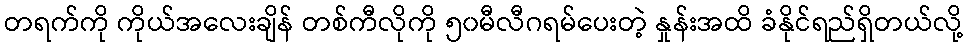
တရက်ကို ကိုယ်အလေးချိန် တစ်ကီလိုကို ၅၀မီလီဂရမ်ပေးတဲ့ နှုန်းအထိ ခံနိုင်ရည်ရှိတယ်လို့